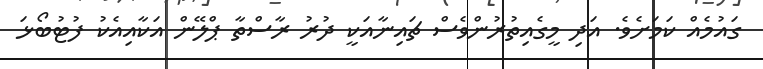
ގައުމެއް ކަމަށެވެ. އަދި މީގެއިތުރުންވެސް ޗައިނާއަކީ ދުރު ރާސްތާ ޕްލޭން އަކާއިއެކު ފުޓުބޯޅަ